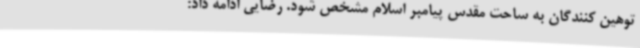
توهین کنندگان به ساحت مقدس پیامبر اسلام مشخص شود. رضایی ادامه داد: